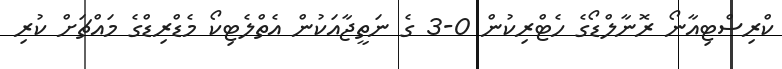
ކްރިސްޓިއާނޯ ރޮނާލްޑޯގެ ހެޓްރިކުން 0-3 ގެ ނަތީޖާއަކުން އެތްލެޓިކޯ މެޑްރިޑްގެ މައްޗަށް ކުރި